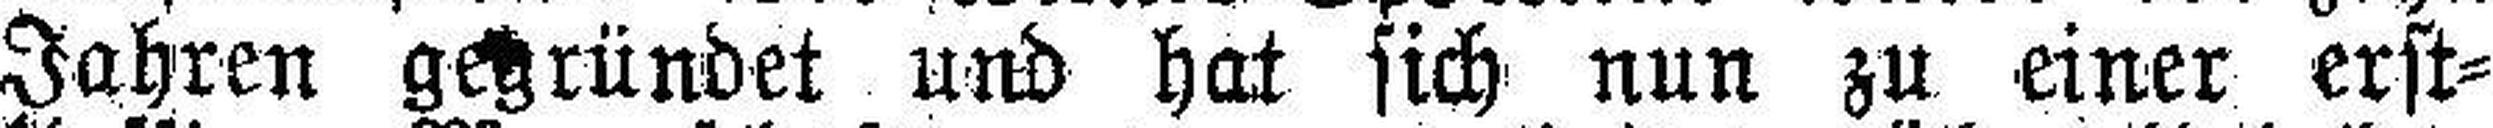
Jahren gegründet und hat sich nun zu einer erst¬